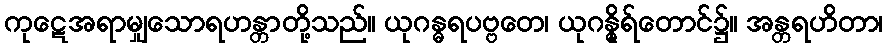
ကုဋေအရာမျှသောရဟန္တာတို့သည်။ ယုဂန္ဓရပဗ္ဗတေ၊ ယုဂန္ဓိုရ်တောင်၌။ အန္တရဟိတာ၊